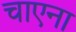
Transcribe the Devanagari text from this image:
चाएना